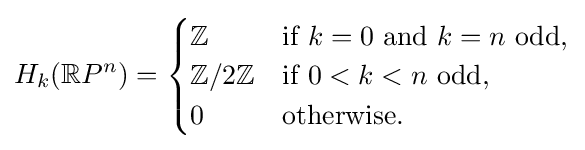
H_{k}(\mathbb {R} P^{n})={\begin{cases}\mathbb {Z} &{\text{if }}k=0{\text{ and }}k=n{\text{ odd}},\\\mathbb {Z} /2\mathbb {Z} &{\text{if }}0<k<n{\text{ odd,}}\\0&{\text{otherwise.}}\end{cases}}